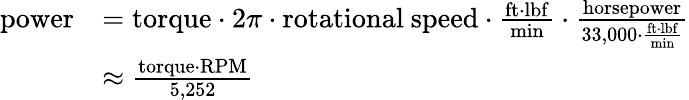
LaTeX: {\begin{array}{rl}{{\mathrm{power}}}&{={\mathrm{torque}}\cdot 2\pi\cdot{\mathrm{rotational~speed}}\cdot{\frac{{\mathrm{ft}}{\cdot}{\mathrm{lbf}}}{\mathrm{min}}}\cdot{\frac{\mathrm{horsepower}}{33,000\cdot{\frac{{\mathrm{ft}}\cdot{\mathrm{lbf}}}{\mathrm{min}}}}}}\\ &{\approx{\frac{{\mathrm{torque}}\cdot{\mathrm{RPM}}}{5,252}}}\end{array}}